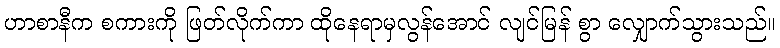
ဟာစာနီက စကားကို ဖြတ်လိုက်ကာ ထိုနေရာမှလွန်အောင် လျင်မြန် စွာ လျှောက်သွားသည်။